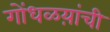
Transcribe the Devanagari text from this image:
गोंधळय़ांची